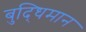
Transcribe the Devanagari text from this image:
बुद्‍धिमान